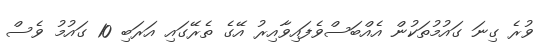
ވުރެ ގިނަ ގައުމުތަކުން އެއްބަސްވެފައިވާއިރު އޭގެ ތެރޭގައި އަރަބި 10 ގައުމު ވެސް